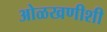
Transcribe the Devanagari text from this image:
ओळखणीशी